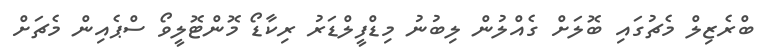
ބްރެޒިލް މެޗުގައި ބޮލަށް ގެއްލުން ލިބުނު މިޑްފީލްޑަރު ރިކާޑޯ މޮންޓޮލީވޯ ސްޕެއިން މެޗަށް